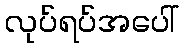
လုပ်ရပ်အပေါ်